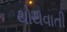
થોથવાતી